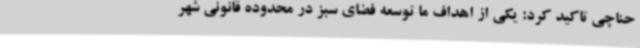
حناچی تاکید کرد: یکی از اهداف ما توسعه فضای سبز در محدوده قانونی شهر